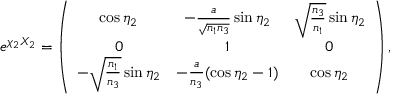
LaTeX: e ^ { \chi _ { 2 } { \cal X } _ { 2 } } = \left( \begin{array} { c c c } { { \cos { \eta _ { 2 } } } } & { { - \frac { a } { \sqrt { n _ { 1 } n _ { 3 } } } \sin { \eta _ { 2 } } } } & { { \sqrt { \frac { n _ { 3 } } { n _ { 1 } } } \sin { \eta _ { 2 } } } } \\ { { 0 } } & { { 1 } } & { { 0 } } \\ { { - \sqrt { \frac { n _ { 1 } } { n _ { 3 } } } \sin { \eta _ { 2 } } } } & { { - \frac { a } { n _ { 3 } } ( \cos { \eta _ { 2 } } - 1 ) } } & { { \cos { \eta _ { 2 } } } } \end{array} \right) ,